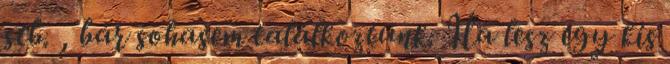
stb. , bár sohasem találkoztunk. Ha lesz egy kis